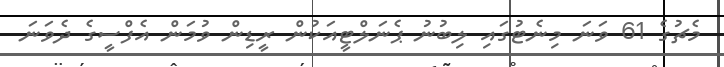
މެޗުގެ 61 ވަނަ މިނެޓުގައި ލިބުނު ޕެނަލްޓީއަކުން ރީޑިން ވުމަން އެފްސީގެ ދެވަނަ